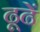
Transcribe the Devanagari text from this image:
ढूढें